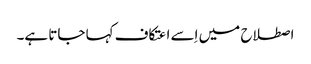
اصطلاح میں اِسے اعتکاف کہا جاتا ہے۔